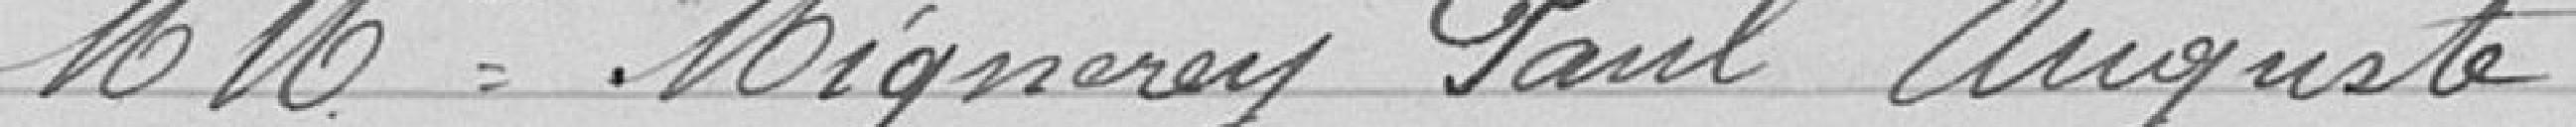
4° Avis sur un projet d'emprunt de 4000 à contracter par la paroisse de l'église St Christophe.